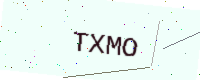
Text: TXMO